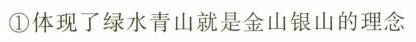
①体现了绿水青山就是金山银山的理念